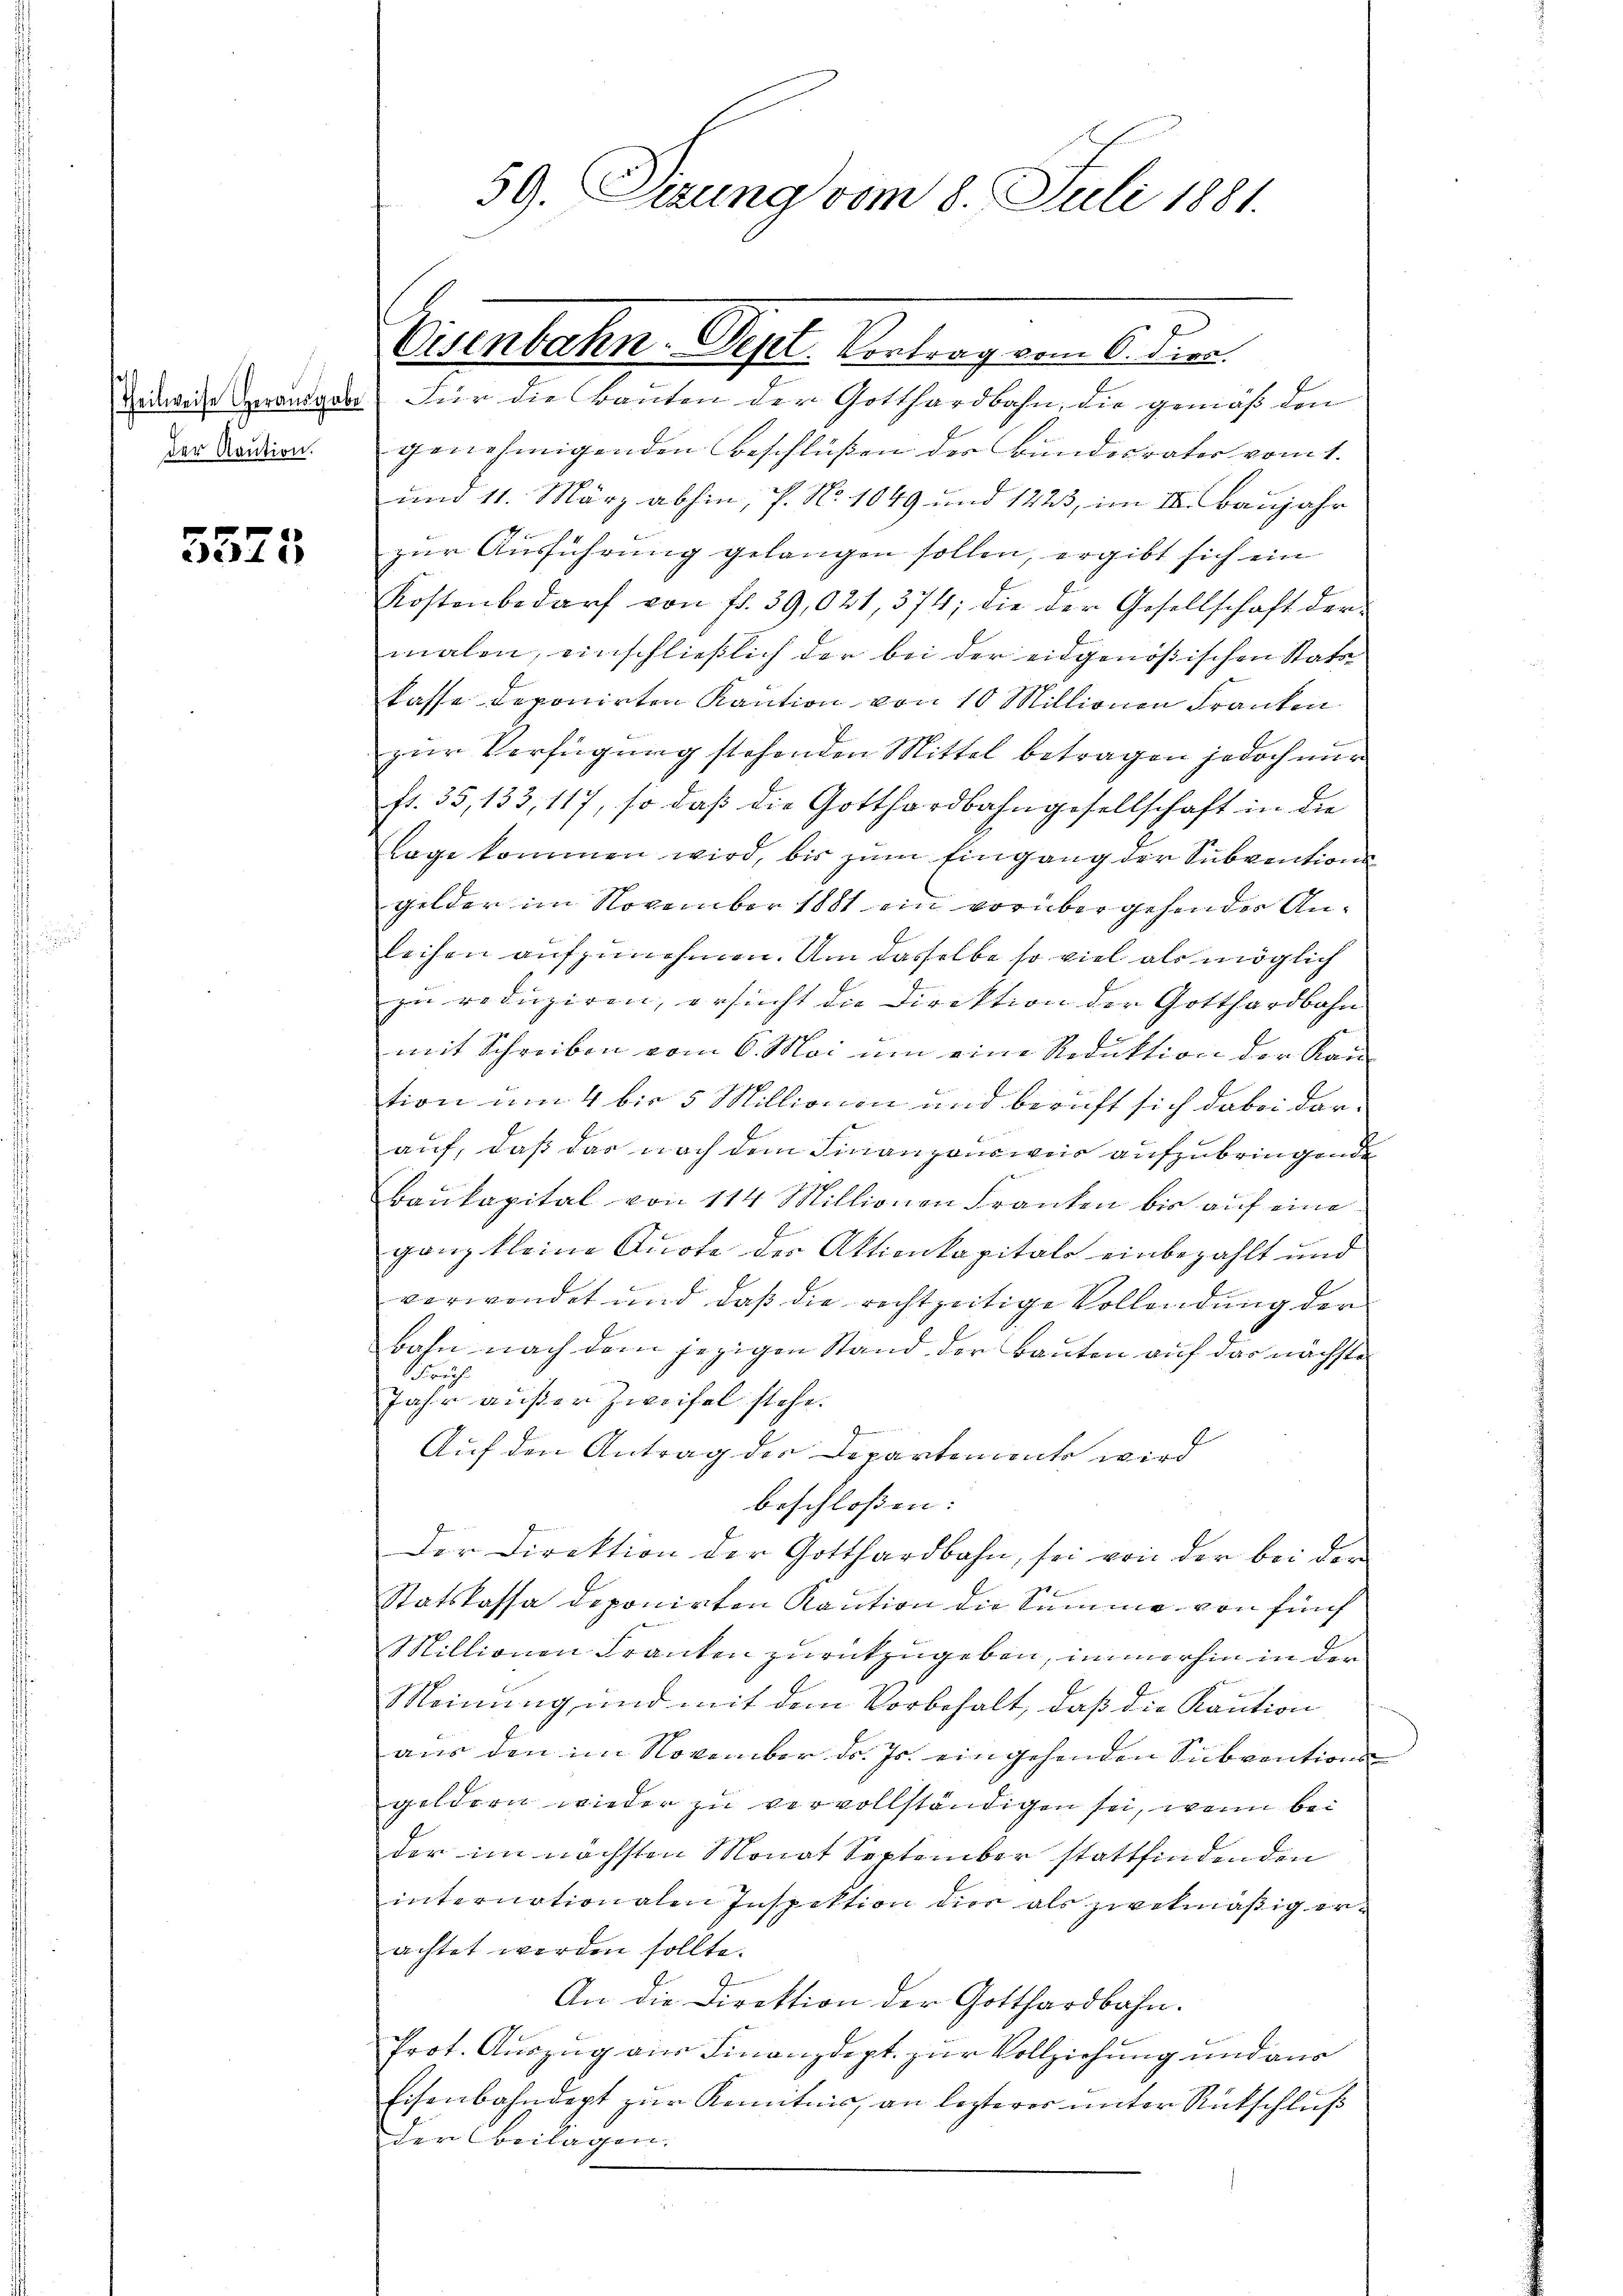
der Kaution.

5525

Dedweder Veränden Für die Bauten der Gotthardbahn, die gemäß den
genehmigenden Beschlüssen der Bundesrater vom 1.
und 11. März abhin, 7. No 1049 und 1223, im III. Baujahr
zur Ausführung gelangen sollen, ergibt sich ein
Kostenbedarf von fr. 39,021, 374; die der Gesellschaft der
malen, einschließlich der bei der eidgenößischen Stattkasse deponirten Kaution von 10 Millionen Franken
zur Verfügung stehenden Mittel betragen jedoch nur
fr. 35, 133, 117, so daß die Gotthardbahngesellschaft in die
lage kommen wird, bis zum Eingang der Subventions
gilder im November 1881 ein vorübergehender Anleihen aufzunehmen. Um dasselbe so viel als möglich
zu reduziren, ersucht die Direktion der Gotthardbahn
mit Schreiben vom 6. Mai um eine Reduktion der Kantion um 4 bis 5 Millionen und beruft sich dabei dar-
auf, daß das nach dem Finanzausweis aufzubringende
Baukapital von 114 Millionen Franken bis auf eine
ganz kleine Quote der Aktionkapitals einbezahlt und
verwendet und daß die rechtzeitige Vollendung der
bahn nach dem jezigen Stand der Bauten auf das nächste
Schrech
Jahr außer Zweifel stehe.
Auf den Antrag der Departement wird
beschlossen:
Der Direktion der Gotthardbahn, sei von der bei den
Statskassa deponirten Kaution die Summe von fünf
Millionen Franken zurückzugeben, immerhin in der
Meinung und mit dem Vorbehalt, daß die Kaution
aus den im November dr. Js. eingehenden Subvention
geldern wieder zu vervollständigen sei, wenn bei
der im nächsten Monat September stattfindenden
internationalen Inspektion dies als zwekmäßig erachtet werden sollte.
An die Direktion der Gotthardbahn.
Prot. Auszug aus Finanzdept. zur Vollziehung und aus
Eisenbahndept zur Kenntnis, an lezterer unter Rutschluß
der Beilagen.

59. Dierung vom 8. Juli 1881.

Eisenbahn. Sept. Vertrag vom 6. Jun.